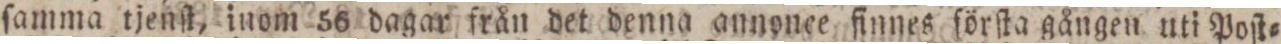
ſamma tjenſt, inom 56 dagar från det denna annonce finnes förſta gången uti Poſt=